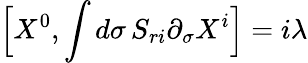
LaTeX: \Big[X^{0},\int d\sigma\, S_{ri}\partial_{\sigma}X^{i}\Big]=i\lambda